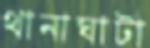
থানাঘাটা